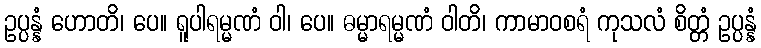
ဥပ္ပန္နံ ဟောတိ၊ ပေ။ ရူပါရမ္မဏံ ဝါ၊ ပေ။ ဓမ္မာရမ္မဏံ ဝါတိ၊ ကာမာဝစရံ ကုသလံ စိတ္တံ ဥပ္ပန္နံ